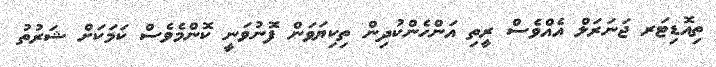
ތިއޮޑިޓަރ ޖަނަރަލް އެއްވެސް ރީތި އަންހެންކުދިން ތިކިޔަވަން ފޮނުވަނީ ކޮންމެވެސް ކަމަކަށް ޝަރުތު